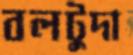
বলটুদা